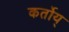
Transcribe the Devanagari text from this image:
कर्तोय्